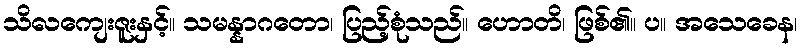
သိလကျေးဇူးနှင့်။ သမန္နာဂတော၊ ပြည့်စုံသည်။ ဟောတိ၊ ဖြစ်၏။ ပ။ အသေခေန၊